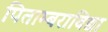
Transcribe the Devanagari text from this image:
पिताम्बराविद्या